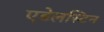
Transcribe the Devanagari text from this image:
एडेलस्टिन